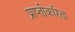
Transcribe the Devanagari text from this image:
प्राप्तीकरिता